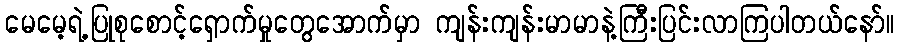
မေမေ့ရဲ့ပြုစုစောင့်ရှောက်မှုတွေအောက်မှာ ကျန်းကျန်းမာမာနဲ့ကြီးပြင်းလာကြပါတယ်နော်။